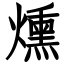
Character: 燻